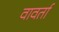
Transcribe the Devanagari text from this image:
वावर्ता